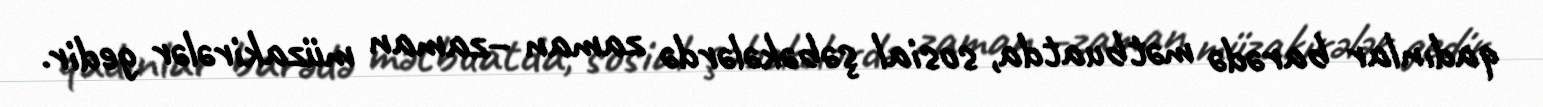
qadınlar barədə mətbuatda, sosial şəbəkələrdə zaman –zaman müzakirələr gedir.